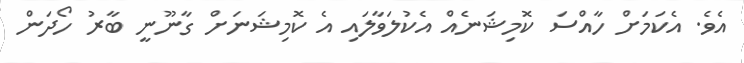
އެވެ. އެކަމަށް ހާއްސަ ކޮމިޝަނެއް އެކުލަވާލައި އެ ކޮމިޝަނަށް ގާނޫނީ ބާރު ހޯދަން